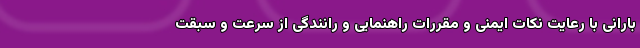
بارانی با رعایت نکات ایمنی و مقررات راهنمایی و رانندگی از سرعت و سبقت